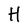
Character: H